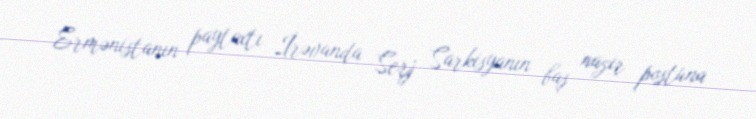
Ermənistanın paytaxtı İrəvanda Serj Sarkisyanın baş nazir postuna